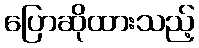
ပြောဆိုထားသည့်